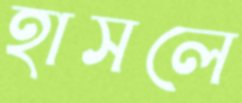
হাসলে